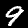
Digit: 9